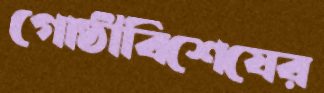
গোষ্ঠীবিশেষের